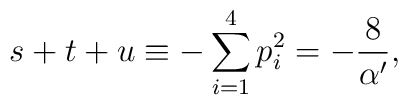
s+t+u\equiv-\sum_{i=1}^{4}p_{i}^{2}=-\frac{8}{\alpha^{\prime}},